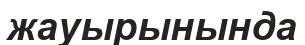
жауырынында